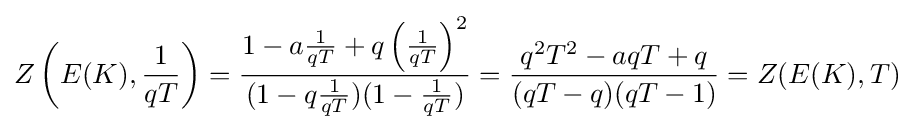
Z\left(E(K),{\frac {1}{qT}}\right)={\frac {1-a{\frac {1}{qT}}+q\left({\frac {1}{qT}}\right)^{2}}{(1-q{\frac {1}{qT}})(1-{\frac {1}{qT}})}}={\frac {q^{2}T^{2}-aqT+q}{(qT-q)(qT-1)}}=Z(E(K),T)